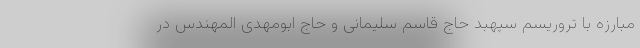
مبارزه با تروریسم سپهبد حاج قاسم سلیمانی و حاج ابومهدی المهندس در